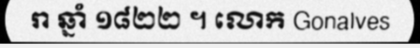
រា ឆ្នាំ ១៨២២ ។ លោក Gonalves